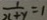
\frac { 1 } { x + y } = 1